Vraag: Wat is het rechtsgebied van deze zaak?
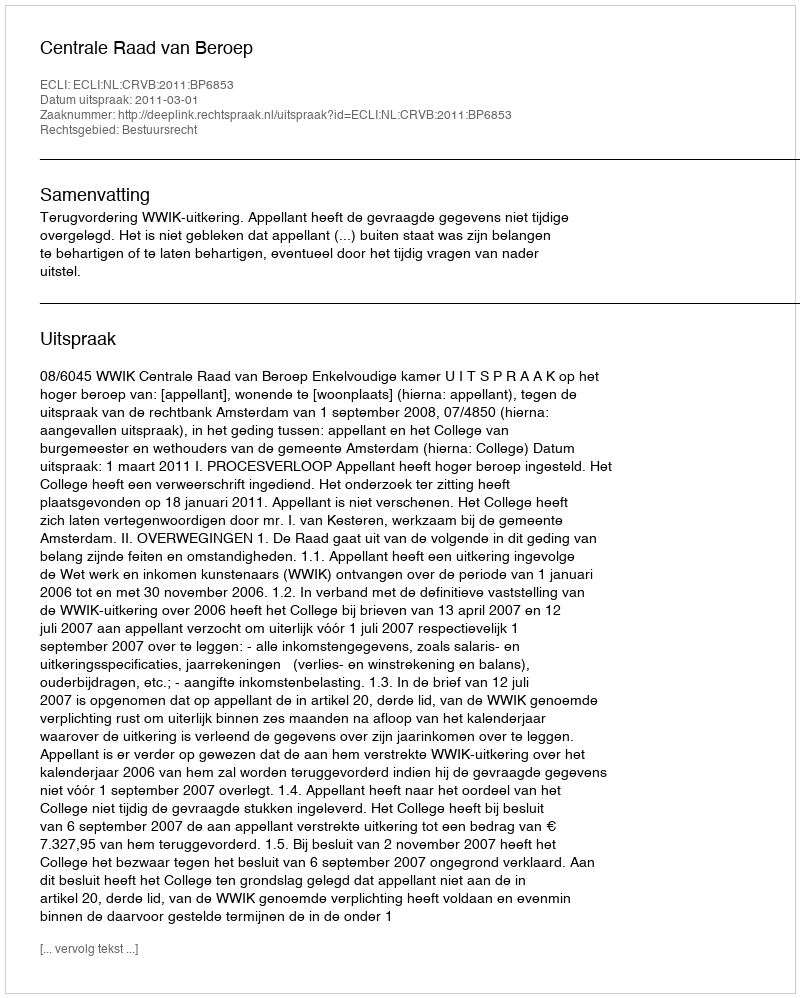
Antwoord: Bestuursrecht